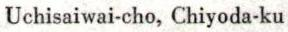
Uchisaiwai-cho Chiyoda-ku